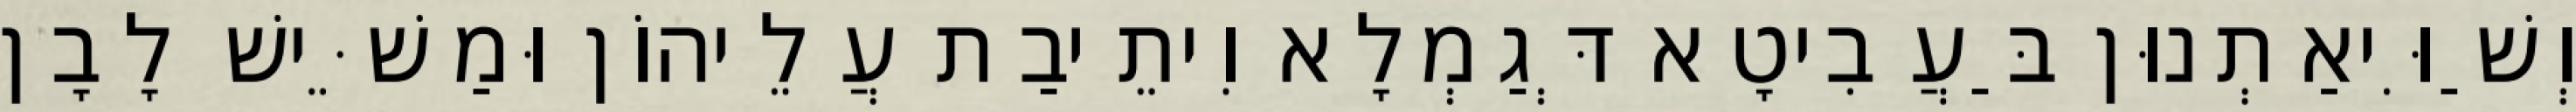
וְשַׁוִּיאַתְנוּן בַּעֲבִיטָא דְּגַמְלָא וִיתֵיבַת עֲלֵיהוֹן וּמַשֵּׁישׁ לָבָן